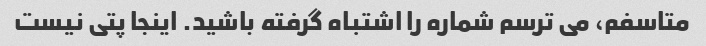
متاسفم، می ترسم شماره را اشتباه گرفته باشید. اینجا پتی نیست